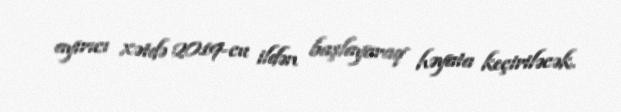
ayırıcı xətdə 2019-cu ildən başlayaraq həyata keçiriləcək.